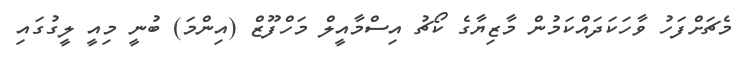
މެޗަށްފަހު ވާހަކަދައްކަމުން މާޒިޔާގެ ކޯޗު އިސްމާއީލް މަހްފޫޒް (އިންމަ) ބުނީ މިއީ ލީގުގައި